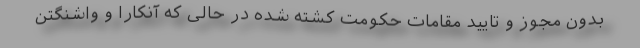
بدون مجوز و تایید مقامات حکومت کشته شده در حالی که آنکارا و واشنگتن